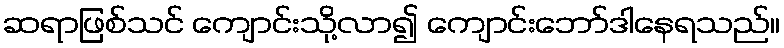
ဆရာဖြစ်သင် ကျောင်းသို့လာ၍ ကျောင်းဘော်ဒါနေရသည်။